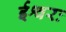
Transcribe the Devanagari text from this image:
ईश्वरः